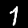
Label: 7